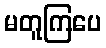
မတူကြပေ